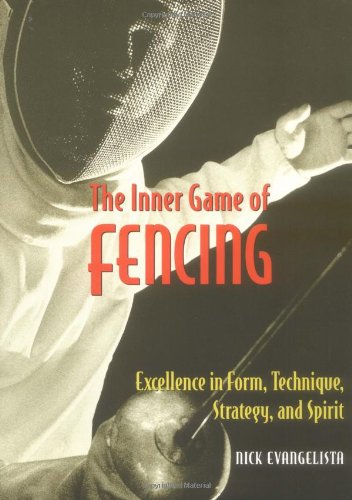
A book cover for The Inner Game of Fencing: Excellence in Form, Technique, Strategy and Spirit.; Nick Evangelista; Sports & Outdoors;